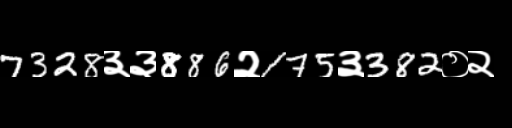
Text: 7328३३886२175३382०२